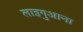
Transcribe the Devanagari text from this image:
लाइगुआना